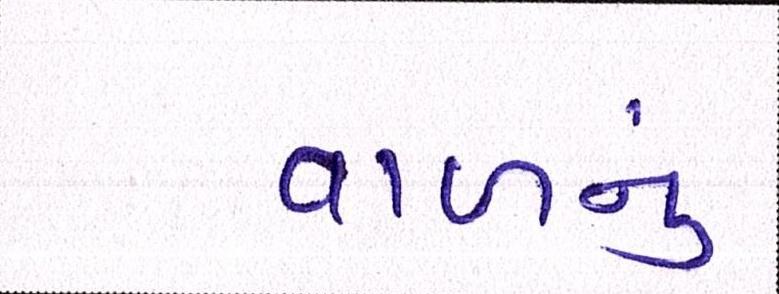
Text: વાળનું